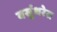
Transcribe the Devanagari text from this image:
वसुंधरेस